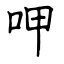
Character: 呷